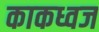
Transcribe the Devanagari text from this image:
काकध्वज